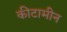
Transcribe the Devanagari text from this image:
कीटामीन